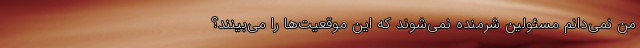
من نمی‌دانم مسئولین شرمنده نمی‌شوند که این موقعیت‌ها را می‌بینند؟